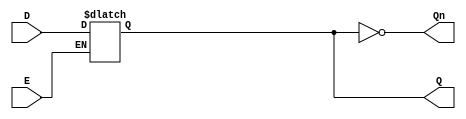
module GatedDLatch (
    input wire D,      // Data input
    input wire E,      // Enable signal
    output reg Q,      // Output
    output wire Qn     // Complement of Q
);

// Complement of Q
assign Qn = ~Q;

// Always block to implement the latch behavior
always @(*) begin
    if (E) begin
        // When Enable is HIGH, Q follows D
        Q = D;
    end
    // When Enable is LOW, Q retains its last value (hold state)
end

endmodule